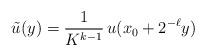
LaTeX: \begin{align*}\tilde u(y)=\frac{1}{K^{k-1}}\,u(x_0+2^{-\ell}y)\end{align*}